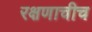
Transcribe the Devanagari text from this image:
रक्षणाचीच